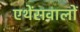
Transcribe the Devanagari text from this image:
एथेंसवालों